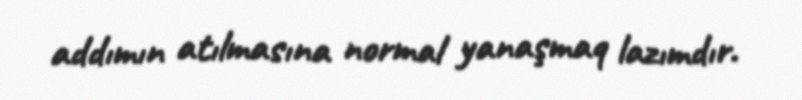
addımın atılmasına normal yanaşmaq lazımdır.